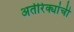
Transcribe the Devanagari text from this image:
अतीरेक्यांची